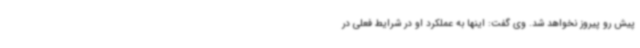
پیش رو پیروز نخواهد شد. وی گفت: اینها به عملکرد او در شرایط فعلی در